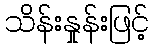
သိန်းနှုန်းဖြင့်